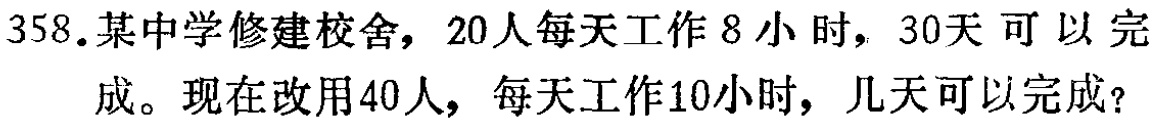
358.某中学修建校舍，20人每天工作8小时，30天可以完成。现在改用40人，每天工作10小时，几天可以完成？